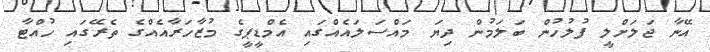
އޭނާ ޖަލަށްލީ ފުލުހުން ބަލަމުން ދިޔަ މައްސަލައެއްގައި އެމްޑީޕީގެ މުޒާހަރާއެއްގެ ތެރޭގައި ހުއްޓާ